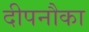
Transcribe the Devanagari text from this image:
दीपनौका